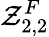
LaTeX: \mathcal{Z}_{2,2}^{F}